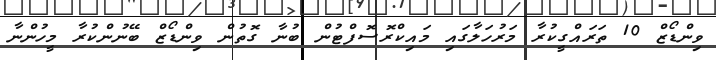
ވިންޑޯޒް 10 ތަރައްގީކުރާ މަރުހަލާގައި މައިކްރޮސޮފްޓުން ބުނާ ގޮތުން ވިންޑޯޒް ބޭނުންކުރާ މީހުންނާ